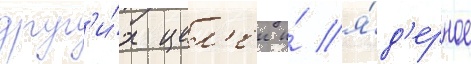
друг'и́х цел'еи и́ я́д'ерное